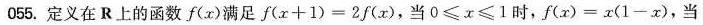
055.定义在R上的函数f(x)满足f(x+1)=2f(x),当0<=x<=1时，f(x)=x(1-x),当